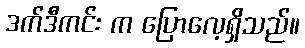
ဒက်ဒီကင်း က ပြောလေ့ရှိသည်။